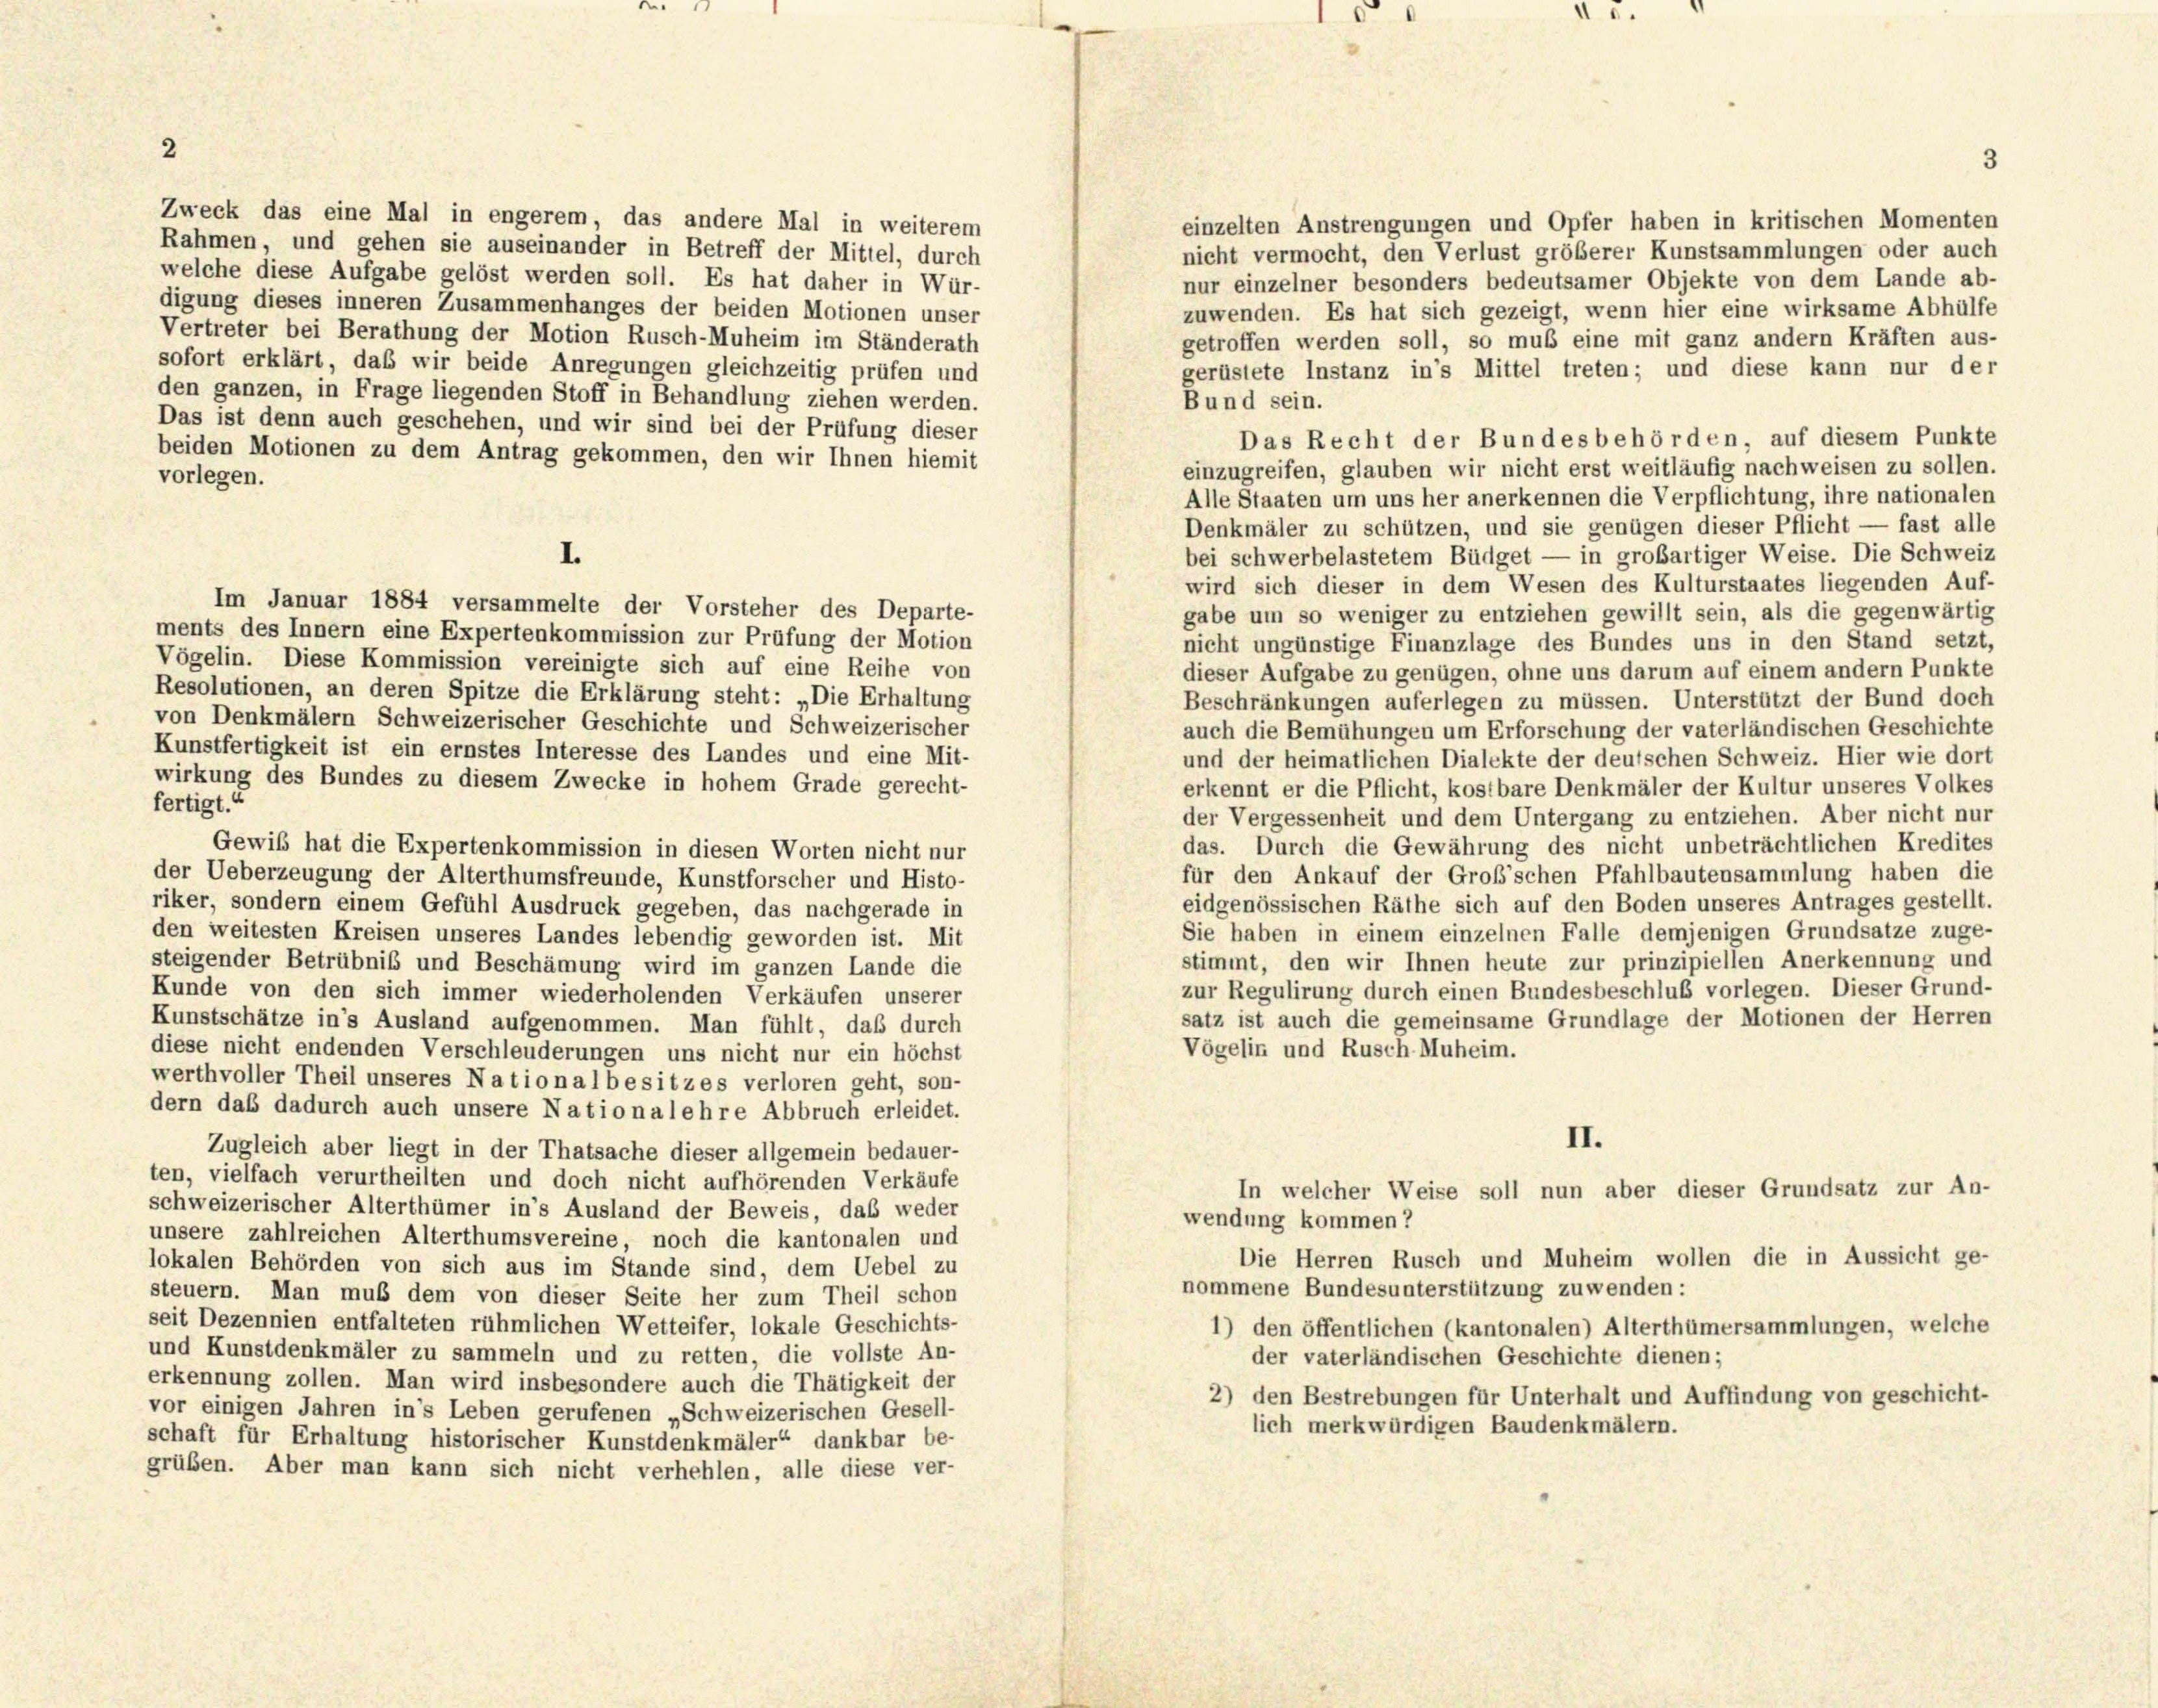
5

5.

2
Zweck das eine Mal in engerem das andere Mal in weiterem
einzelten Anstrengungen und Opfer haben in kritischen Momenten
Rahmen, und gehen sie auseinander in Betreff der Mittel, durch
nicht vermocht, den Verlust größerer Kunstsammlungen oder auch
welche diese Aufgabe gelöst werden soll. Es hat daher in Wür-
nur einzelner besonders bedeutsamer Objekte von dem Lande ab-
digung dieses inneren Zusammenhanges der beiden Motionen unser
zuwenden. Es hat sich gezeigt, wenn hier eine wirksame Abhülfe
Vertreter bei Berathung der Motion Rusch-Muheim im Ständerath
getroffen werden soll, so muß eine mit ganz andern Kräften aus-
sofort erklärt, das wir beide Anregungen gleichzeitig prüfen und
gerüstete Instanz in’s Mittel treten; und diese kann nur der
den ganzen, in Frage liegenden Stoff in Behandlung ziehen werden.
Bund sein.
Das ist denn auch geschehen, und wir sind bei der Prüfung dieser
Das Recht der Bundesbehörden, auf diesem Punkte
beiden Motionen zu dem Antrag gekommen, den wir Ihnen hiemit
einzugreifen, glauben wir nicht erst weitläufig nachweisen zu sollen.
vorlegen.
Alle Staaten um uns her anerkennen die Verpflichtung, ihre nationalen
Denkmäler zu schützen, und sie genügen dieser Pflicht — fast alle
I.
bei schwerbelastetem Büdget — in großartiger Weise. Die Schweiz
wird sich dieser in dem Wesen des Kulturstaates liegenden Auf-
Im Januar 1884 versammelte der Vorsteher des Departe-
gabe um so weniger zu entziehen gewillt sein, als die gegenwärtig
ments des Innern eine Expertenkommission zur Prüfung der Motion
nicht ungünstige Finanzlage des Bundes uns in den Stand setzt,
Vögelin. Diese Kommission vereinigte sich auf eine Reihe von
dieser Aufgabe zu genügen, ohne uns darum auf einem andern Punkte
Resolutionen, an deren Spitze die Erklärung steht: „Die Erhaltung
Beschränkungen auferlegen zu müssen. Unterstützt der Bund doch
von Denkmälern Schweizerischer Geschichte und Schweizerischer
auch die Bemühungen um Erforschung der vaterländischen Geschichte
Kunstfertigkeit ist ein ernstes Interesse des Landes und eine Mit-
und der heimatlichen Dialekte der deutschen Schweiz. Hier wie dort
wirkung des Bundes zu diesem Zwecke in hohem Grade gerecht-
erkennt er die Pflicht, kostbare Denkmäler der Kultur unseres Volkes
fertigt.“
der Vergessenheit und dem Untergang zu entziehen. Aber nicht nur
das. Durch die Gewährung des nicht unbeträchtlichen Kredites
Gewiß hat die Expertenkommission in diesen Worten nicht nur
für den Ankauf der Groß’schen Pfahlbautensammlung haben die
der Ueberzeugung der Alterthumsfreunde, Kunstforscher und Histo-
eidgenössischen Räthe sich auf den Boden unseres Antrages gestellt.
riker, sondern einem Gefühl Ausdruck gegeben, das nachgerade in
Sie haben in einem einzelnen Falle demjenigen Grundsätze zuge-
den weitesten Kreisen unseres Landes lebendig geworden ist. Mit
stimmt, den wir Ihnen heute zur prinzipiellen Anerkennung und
steigender Betrübniß und Beschämung wird im ganzen Lande die
zur Regulirung durch einen Bundesbeschluß vorlegen. Dieser Grund-
Kunde von den sich immer wiederholenden Verkäufen unserer
satz ist auch die gemeinsame Grundlage der Motionen der Herren
Kunstschätze in’s Ausland aufgenommen. Man fühlt, daß durch
Vögelin und Rusch. Muheim.
diese nicht endenden Verschleuderungen uns nicht nur ein höchst
werthvoller Theil unseres Nationalbesitzes verloren geht, son-
dern daß dadurch auch unsere Nationalehre Abbruch erleidet.
II.
Zugleich aber liegt in der Thatsache dieser allgemein bedauer-
ten, vielfach verurtheilten und doch nicht aufhörenden Verkäufe
In welcher Weise soll nun aber dieser Grundsatz zur An-
schweizerischer Alterthümer in’s Ausland der Beweis, daß weder
wendung kommen?
unsere zahlreichen Alterthumsvereine, noch die kantonalen und
Die Herren Rusch und Muheim wollen die in Aussicht ge-
lokalen Behörden von sich aus im Stande sind, dem Uebel zu
nommene Bundesunterstützung zuwenden:
steuern. Man muß dem von dieser Seite her zum Theil schon
seit Dezennien entfalteten rühmlichen Wetteifer, lokale Geschichts-
1) den öffentlichen (kantonalen) Alterthümersammlungen, welche
und Kunstdenkmäler zu sammeln und zu retten, die vollste An-
der vaterländischen Geschichte dienen;
erkennung zollen. Man wird insbesondere auch die Thätigkeit der
2) den Bestrebungen für Unterhalt und Auffindung von geschicht-
vor einigen Jahren in’s Leben gerufenen „Schweizerischen Gesell-
lich merkwürdigen Baudenkmälern.
schaft für Erhaltung historischer Kunstdenkmäler“ dankbar be-
grüben. Aber man kann sich nicht verhehlen, alle diese ver-

3